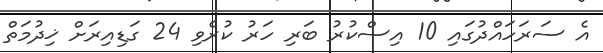
އެ ސަރަހައްދުގައި 10 އިސްކުރު ބަރި ހަރު ކުރެވި 24 ގަޑިއިރަށް ޚިދުމަތް